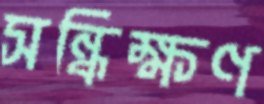
সন্ধিক্ষণ